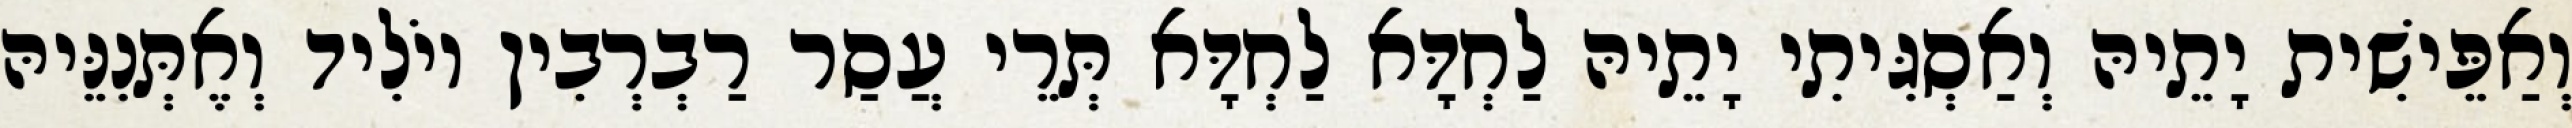
וְאַפֵּישִׁית יָתֵיהּ וְאַסְגִּיתִי יָתֵיהּ לַחְדָּא לַחְדָּא תְּרֵי עֲסַר רַבְרְבִין יוֹלִיד וְאֶתְּנִנֵּיהּ